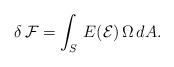
\begin{align*}\delta\,{\cal F}=\int_{S}\, E({\cal E}) \, \Omega\, dA.\end{align*}